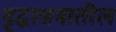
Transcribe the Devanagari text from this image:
वृद्धाश्रमातील